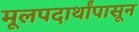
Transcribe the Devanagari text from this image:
मूलपदार्थांपासून